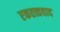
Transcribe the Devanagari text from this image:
एकतत्त्ववाद